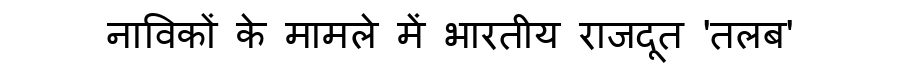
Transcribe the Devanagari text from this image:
नाविकों के मामले में भारतीय राजदूत 'तलब'